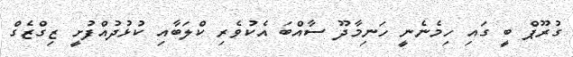
ގުރޫޕް ބީ ގައި ހިމެނެނީ ހަނިމާދޫ ސާއްބަ އެކުވެރި ކްލަބާއި ކުޅުދުއްފުށީ ޒިގްޒެގް